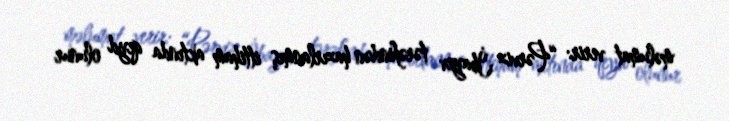
məlumat verir: “Pərviz İbayev tərəfindən hazırlanmış ittiham aktında qeyd olunur